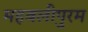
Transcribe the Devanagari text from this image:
महबलीपुरम